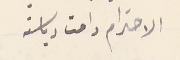
الاحترام دامت رياستة